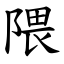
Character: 隈